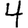
Digit: 4